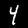
Label: 4